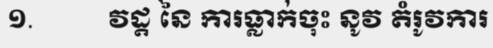
១.          វដ្ត នៃ ការធ្លាក់ចុះ នូវ តំរូវការ